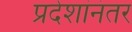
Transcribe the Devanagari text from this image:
प्रदेशांनंतर